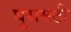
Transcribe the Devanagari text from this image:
घुसमटी